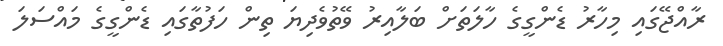
ރާއްޖޭގައި މިހާރު ޑެންގީގެ ހާލަތަށް ބަލާއިރު ވޭތުވެދިޔަ ތިން ހަފުތާގައި ޑެންގީގެ މައްސަަލަ